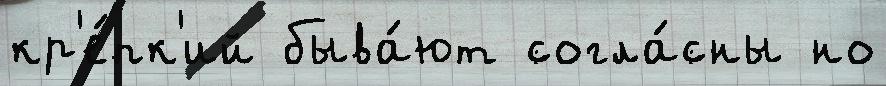
кр'е́пк'ий быва́ют согла́сны но